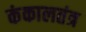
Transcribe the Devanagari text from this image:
कंकालतंत्र